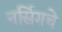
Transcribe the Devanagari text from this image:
नर्सिगचे